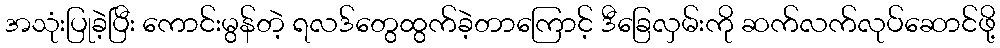
အသုံးပြုခဲ့ပြီး ကောင်းမွန်တဲ့ ရလဒ်တွေထွက်ခဲ့တာကြောင့် ဒီခြေလှမ်းကို ဆက်လက်လုပ်ဆောင်ဖို့